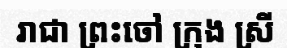
រាជា ព្រះចៅ ក្រុង ស្រី